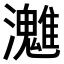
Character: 𤄛